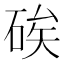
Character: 𥒲